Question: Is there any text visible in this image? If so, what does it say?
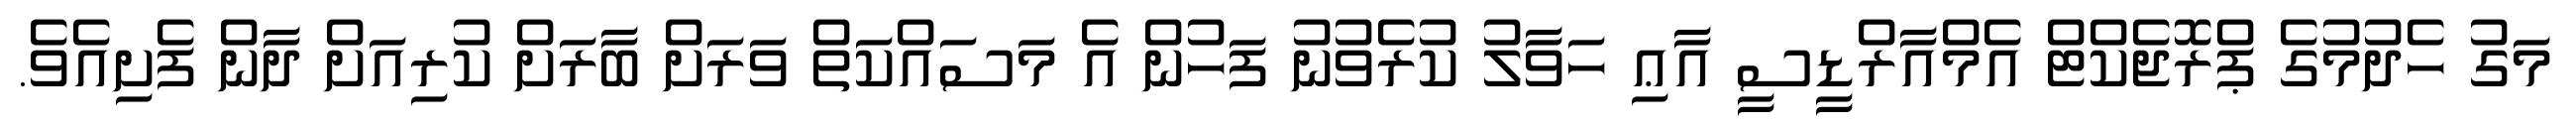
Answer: މަގު ހެދުމުގެ ޕްރޮޖެކްޓް އެމްއާރްޑީސީ އާޢި ހަވާލު ކުރެވުނު ފަހުން އެ މަސައްކަތް ވަރަށް ބާރަށް ކުރިއަށް ދާން ފެށިއެވެ.